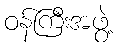
ဝန်ကြီးအဖွဲ့